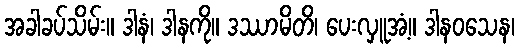
အခါခပ်သိမ်း။ ဒါနံ၊ ဒါနကို။ ဒဿာမိတိ၊ ပေးလှူအံ့။ ဒါနဝသေန၊